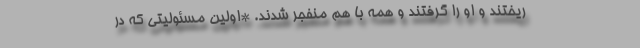
ریختند و او را گرفتند و همه با هم منفجر شدند. *اولین مسئولیتی که در